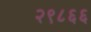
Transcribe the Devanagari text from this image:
२९८६६